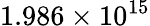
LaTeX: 1.986\times 10^{15}